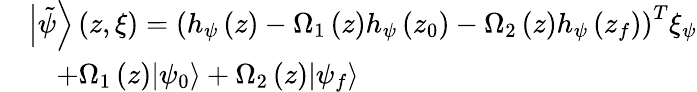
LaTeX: \begin{array}{rl}&{{\left|{\tilde{\psi}}\right\rangle}\left(z,\xi\right)={{\left({{h}_{\psi}}\left(z\right)-{{\Omega}_{1}}\left(z\right){{h}_{\psi}}\left({{z}_{0}}\right)-{{\Omega}_{2}}\left(z\right){{h}_{\psi}}\left({{z}_{f}}\right)\right)}^{T}}{{\xi}_{\psi}}}\\ &{\quad+{{\Omega}_{1}}\left(z\right){\left|{{\psi}_{0}}\right\rangle}+{{\Omega}_{2}}\left(z\right){\left|{{\psi}_{f}}\right\rangle}}\end{array}